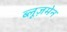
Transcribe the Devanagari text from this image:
ब्लूज़मेन